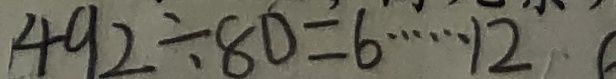
4 9 2 \div 8 0 = 6 \cdots 1 2